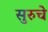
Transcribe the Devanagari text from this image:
सुरुचे